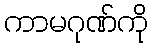
ကာမဂုဏ်ကို